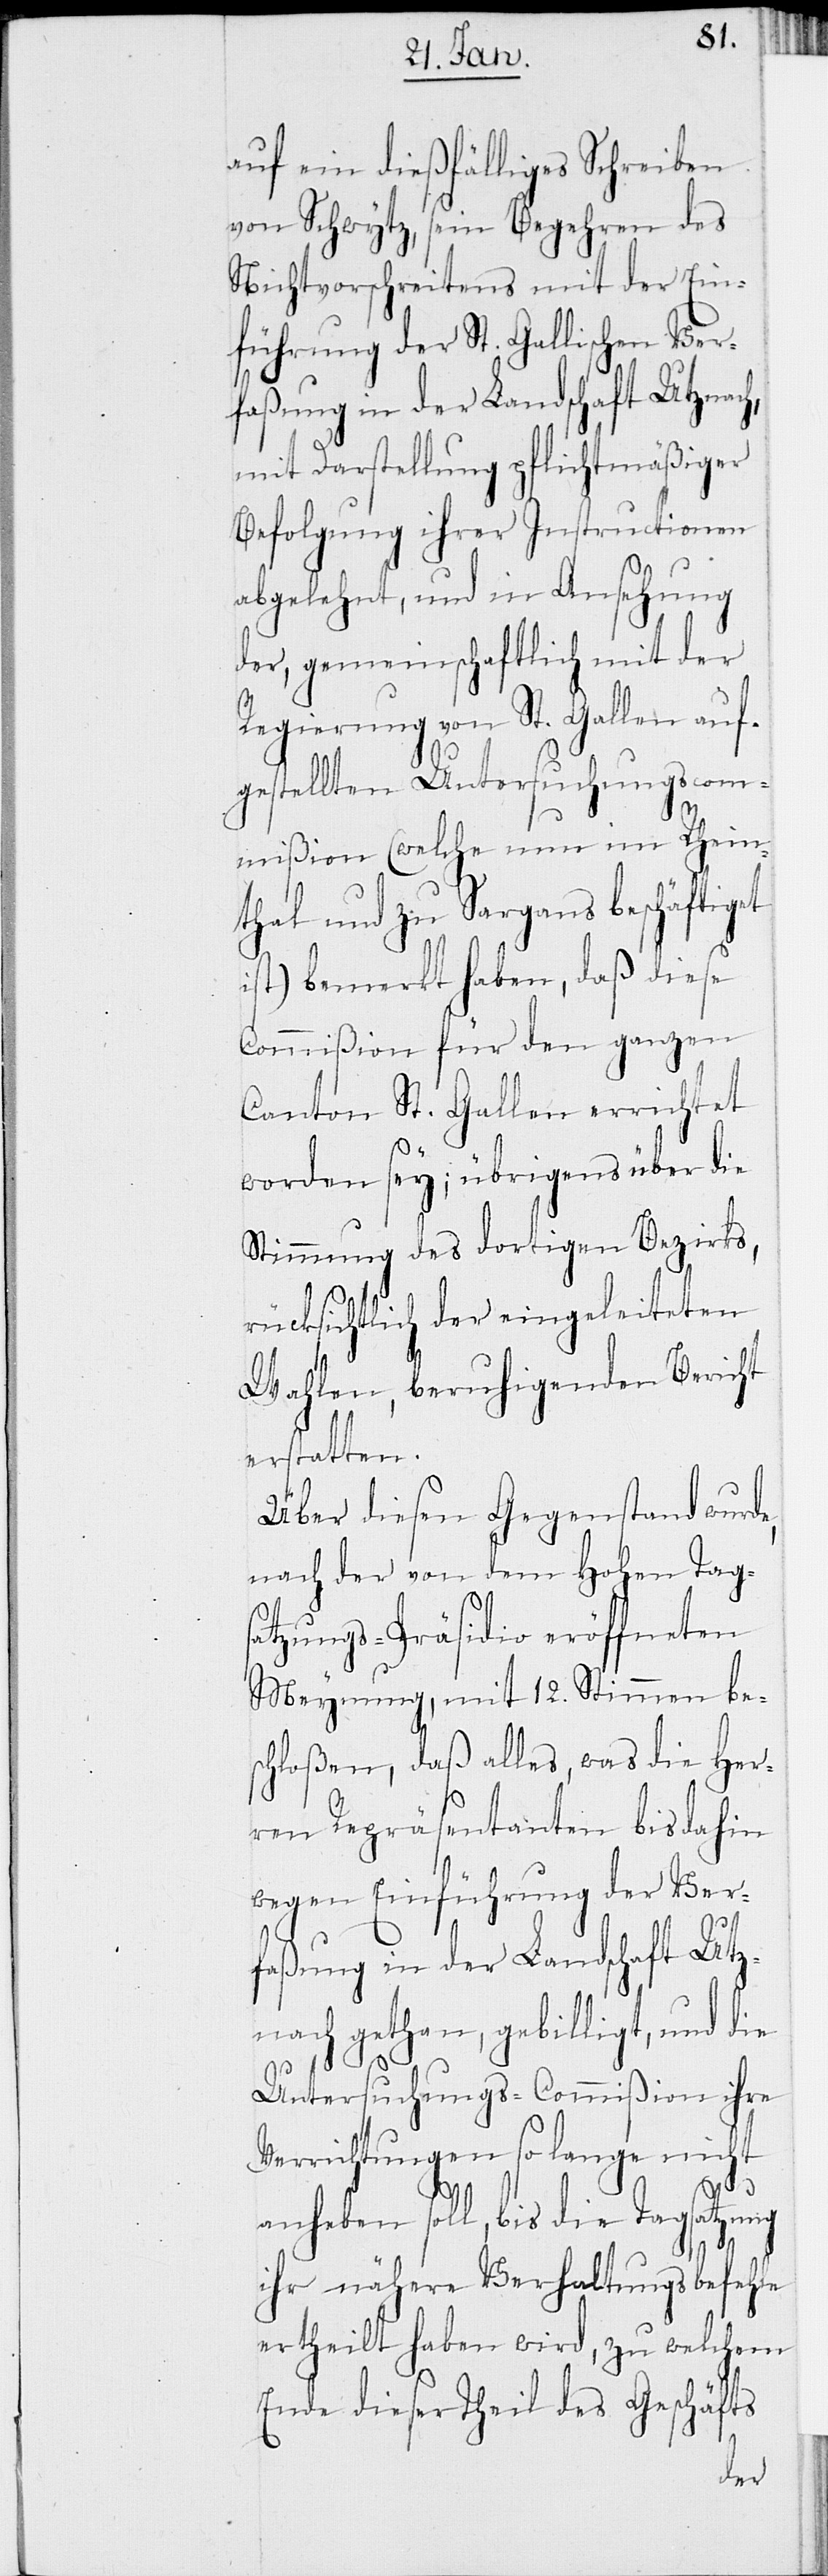
auf ein dießfälliges Schreiben
von Schwytz sein Begehren des
Nichtvorschreitens mit der Ein¬
führung der St. Gallischen Ver¬
faßung in der Landschaft Utznach,
mit Darstellung pflichtmäßiger
Befolgung ihrer Instructionen
abgelehnt, und in Ansehung
der, gemeinschaftlich mit der
Regierung von St. Gallen auf¬
gestellten Untersuchungscom¬
mißion (welche nun im Rhein¬
thal und zu Sargans beschäftiget
ist) bemerkt haben, daß diese
Commißion für den ganzen
Canton St. Gallen errichtet
worden sey; übrigens über die
Stimmung des dortigen Bezirks
rücksichtlich der eingeleiteten
Wahlen, beruhigenden Bericht
erstatten.
Über diesen Gegenstand wurde,
nach der von dem Hohen Tags¬
atzungs-Präsidio eröffneten
Meynung, mit 12. Stimmen bes¬
chloßen, daß alles, was die Her¬
ren Repräsentanten bis dahin
wegen Einführung der Ver¬
faßung in der Landschaft Utz¬
nach gethan, gebilligt, und die
Untersuchungs-Commißion ihre
Verrichtungen so lange nicht
anheben soll, bis die Tagsatzung
ihr nähere Verhaltungsbefehle
ertheilt haben wird, zu welchem
Ende dieser Theil des Geschäfts